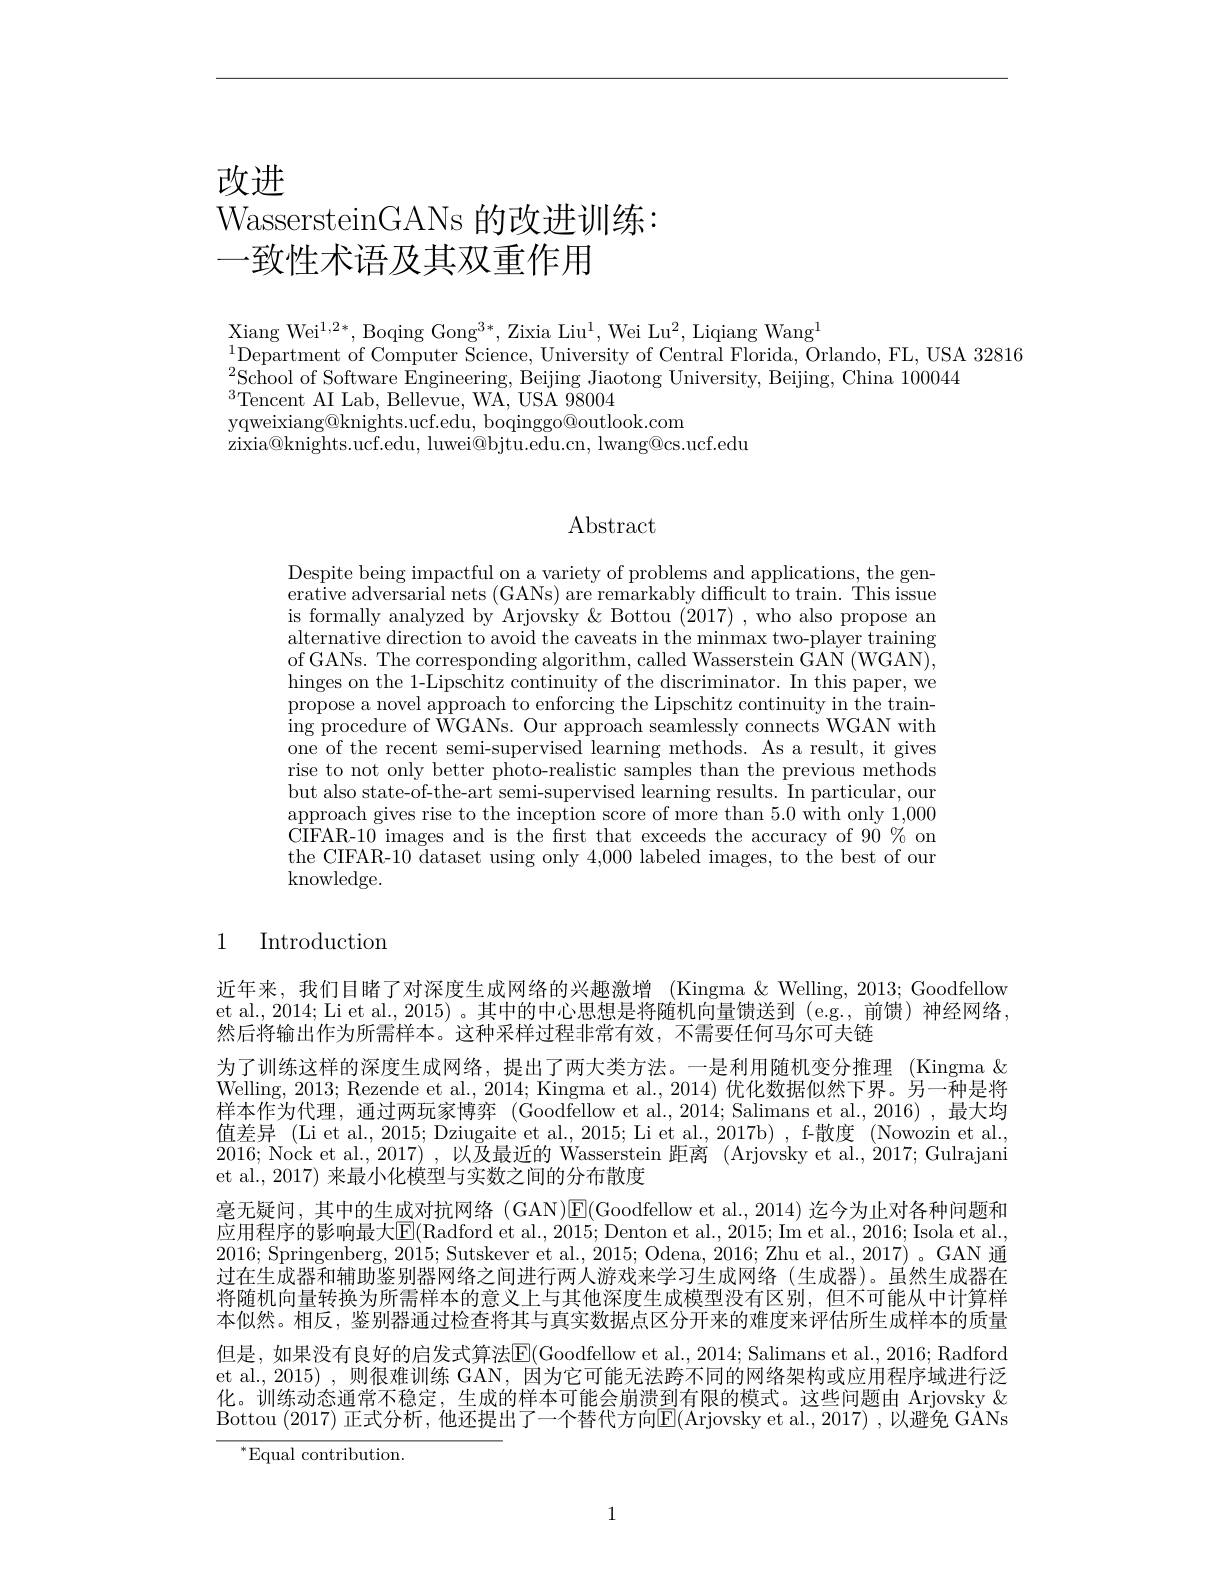
改进

# WassersteinGANs 的改进训练： 一致性术语及其双重作用

$\mathop{\mathrm{Xiang~Wei}^{1,2*}},\mathop{\mathrm{Boqing~Gong}^{3*}},\mathop{\mathrm{Zixia~Liu}^{1}},\mathop{\mathrm{Wei~Lu}^{2}},\mathop{\mathrm{Liqiang~Wang}^{1}}$
$^{1}$Department of Computer Science, University of Central Florida, Orlando, FL, USA 32816
School of Software Engineering, Beijing Jiaotong University, Beijing, China 100044 School of Software Engineering, Beijing Jiaotong University, Beijing, China 100044
$^{3}$Tencent AI Lab, Bellevue, WA, USA 98004
yqweixiang@knights.ucf.edu, boqinggo@outlook.com
zixia@knights.ucf.edu, luwei@bjtu.edu.cn, lwang@cs.ucf.edu

### Abstract

Despite being impactful on a variety of problems and applications, the generative adversarial nets (GANs) are remarkably difficult to train. This issue is formally analyzed by Arjovsky & Bottou (2017) , who also propose an alternative direction to avoid the caveats in the minmax two-player training of GANs. The corresponding algorithm, called Wasserstein GAN (WGAN), hinges on the 1-Lipschitz continuity of the discriminator. In this paper, we propose a novel approach to enforcing the Lipschitz continuity in the train- $\operatorname*{ing}$procedure of WGANs. Our approach seamlessly connects WGAN with one of the recent semi-supervised learning methods. As a result, it gives rise to not only better photo-realistic samples than the previous methods but also state-of-the-art semi-supervised learning results. In particular, our approach gives rise to the inception score of more than 5.0 with only 1,000 CIFAR-10 images and is the first that exceeds the accuracy of 90 % on the CIFAR-10 dataset using only 4,000 labeled images, to the best of our knowledge.

1

# Introduction

近年来，我们目睹了对深度生成网络的兴趣激增 (Kingma &Welling, 2013; Goodfellow et al.,2014; Li et al., 2015)。其中的中心思想是将随机向量馈送到(e.g., 前馈)神经网络然后将输出作为所需样本。这种采样过程非常有效，不需要任何马尔可夫链
为了训练这样的深度生成网络，提出了两大类方法。一是利用随机变分推理 (Kingma & Welling, 2013; Rezende et al., 2014; Kingma et al., 2014) 优化数据似然下界。另一种是将样本作为代理，通过两玩家博弈 (Goodfellow et al.,2014; Salimans et al.,2016),最大均值差异 (Li et al., 2015; Dziugaite et al., 2015; Li et al., 2017b) , f-散度 (Nowozin et al. 2016; Nock et al., 2017)', 以及最近的 Wasserstein 距离 (Arjovsky et al., 2017; Gulrajani et al., 2017) 来最小化模型与实数之间的分布散度
毫无疑问，其中的生成对抗网络 (GAN)E(Goodfellow et al. , 2014)迄今为止对各种问题和应用程序的影响最大$\overline{\mathrm{E}}($Radford et al., 2015; Denton et al., 2015; Im et al., 2016; Isola et al. 2016; Springenberg, 2015; Sutskever et al., 2015; Odena, 2016; Zhu et al., 2017) 。GAN 通过在生成器和辅助鉴别器网络之间进行两人游戏来学习生成网络(生成器)。虽然生成器在将随机向量转换为所需样本的意义上与其他深度生成模型没有区别，但不可能从中计算样本似然。相反，鉴别器通过检查将其与真实数据点区分开来的难度来评估所生成样本的质量但是，如果没有良好的启发式算法E(Goodfellow et al., 2014; Salimans et al., 2016; Radford et al.,2015) ,则很难训练 GAN, 因为它可能无法跨不同的网络架构或应用程序域进行泛化。训练动态通常不稳定，生成的样本可能会崩溃到有限的模式。这些问题由 Arjovsky & Bottou (2017) 正式分析，他还提出了一个替代方向$\mathbb{E}($Arjovsky et al., 2017) ,以避免 GANs
${^*}{\mathrm{Equal~contribution.}}$

1